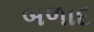
બળાદ